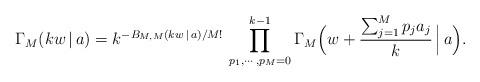
LaTeX: \begin{align*}\Gamma_M(kw\,|\,a) = k^{-B_{M,M}(kw\,|\,a)/M!}\,\prod\limits_{p_1,\cdots,p_M=0}^{k-1}\Gamma_M\Bigl(w+\frac{\sum_{j=1}^Mp_j a_j}{k}\,\Big|\,a\Bigr).\end{align*}